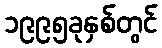
၁၉၉၅ခုနှစ်တွင်